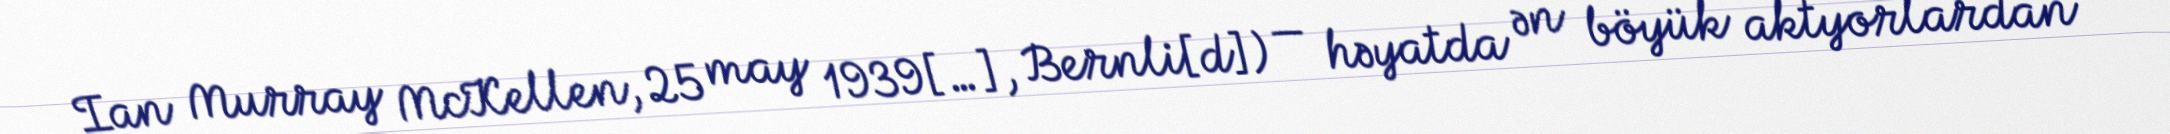
Ian Murray McKellen, 25 may 1939[…], Bernli[d]) — həyatda ən böyük aktyorlardan